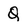
Character: Q